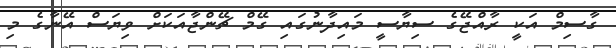
ގާސިމް އަކީ ރާއްޖޭގެ ސިޔާސީ މައިދާނުގައި ގޭމް ޗޭންޖާއަކަށް ވިޔަސް އޭނާގެ މި